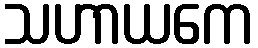
သဟာယကေ